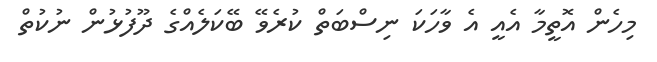
މިހެން އޮތީމާ އެއީ އެ ވާހަކަ ނިސްބަތް ކުރެވޭ ބޭކަލެއްގެ ދޫފުޅުން ނުކުތް